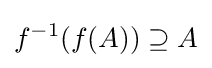
f^{-1}(f(A))\supseteq A